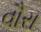
વૌરા